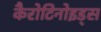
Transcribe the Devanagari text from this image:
कैरोटिनोइड्स